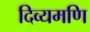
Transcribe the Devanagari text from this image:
दिव्यमणि